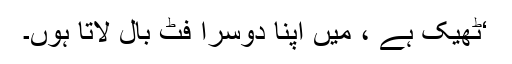
‘ٹھیک ہے ، میں اپنا دوسرا فٹ بال لاتا ہوں۔